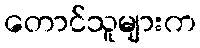
တောင်သူများက